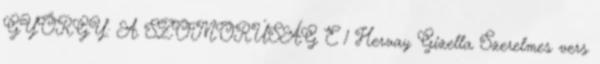
GYÖRGY: A SZOMORÚSÁG E 1 Hervay Gizella Szerelmes vers